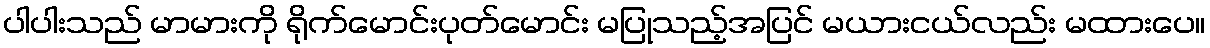
ပါပါးသည် မာမားကို ရိုက်မောင်းပုတ်မောင်း မပြုသည့်အပြင် မယားငယ်လည်း မထားပေ။